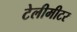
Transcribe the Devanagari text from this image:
टेलीमीटर